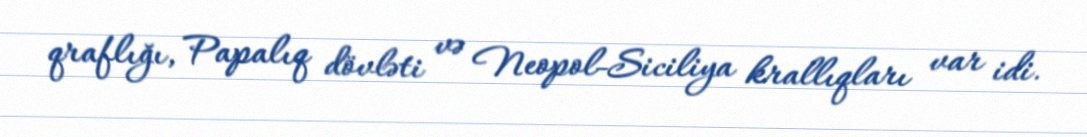
qraflığı, Papalıq dövləti və Neopol-Siciliya krallıqları var idi.